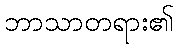
ဘာသာတရား၏